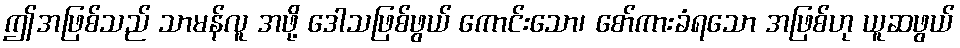
ဤအဖြစ်သည် သာမန်လူ အဖို့ ဒေါသဖြစ်ဖွယ် ကောင်းသော၊ စော်ကားခံရသော အဖြစ်ဟု ယူဆဖွယ်